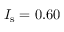
I _ { \mathrm { s } } = 0 . 6 0